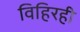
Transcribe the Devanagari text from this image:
विहिरही